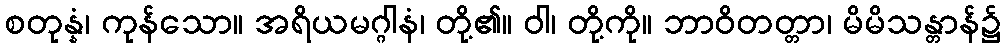
စတုန္နံ၊ ကုန်သော။ အရိယမဂ္ဂါနံ၊ တို့၏။ ဝါ၊ တို့ကို။ ဘာဝိတတ္တာ၊ မိမိသန္တာန်၌